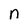
Character: n